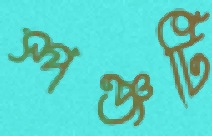
স্পঞ্জটি